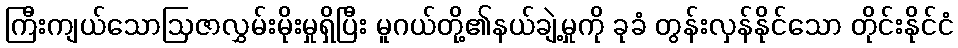
ကြီးကျယ်သောဩဇာလွှမ်းမိုးမှုရှိပြီး မူဂယ်တို့၏နယ်ချဲ့မှုကို ခုခံ တွန်းလှန်နိုင်သော တိုင်းနိုင်ငံ